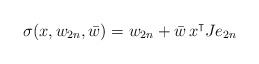
\begin{align*}\sigma (x,w_{2n}, \bar w)=w_{2n}+\bar w\, x^\intercal Je_{2n}\end{align*}